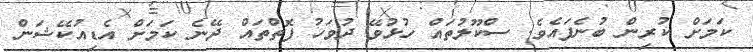
ކަމަށް ކުރިން ބުނެފައެވެ. ސްކޫލުތައް ހުޅުވޭ ދުވަހު ފޮތްތައް ދޭނެ ކަމަށް އެޑިއުކޭޝަން